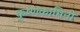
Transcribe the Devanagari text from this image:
कृष्णकामिनी